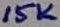
Text: 15K